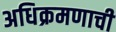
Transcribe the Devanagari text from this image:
अधिक्रमणाची